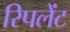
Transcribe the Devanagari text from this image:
रिपलेंट